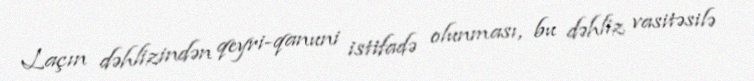
Laçın dəhlizindən qeyri-qanuni istifadə olunması, bu dəhliz vasitəsilə